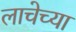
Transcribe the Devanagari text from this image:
लाचेच्या